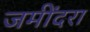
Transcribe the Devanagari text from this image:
जमींदरा